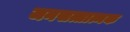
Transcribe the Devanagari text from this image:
जनसत्तात्मक